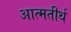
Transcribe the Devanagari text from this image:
आत्मतीर्थ